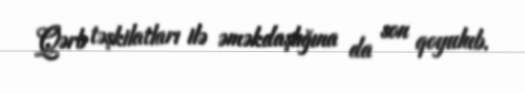
Qərb təşkilatları ilə əməkdaşlığına da son qoyulub.